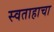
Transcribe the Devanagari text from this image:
स्वताहाचा